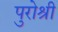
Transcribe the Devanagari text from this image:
पुरोश्री